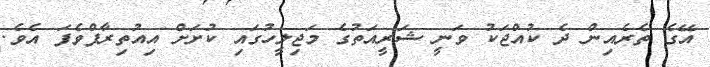
އޭގެ ތެރެއިން ދެ ކުއްޖަކު ވަނީ ޝަރީއަތުގެ މަޖިލީހުގައި ކުށަށް އިއުތިރާފްވެފަ އެވެ.